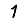
Digit: 1